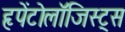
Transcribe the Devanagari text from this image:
हृपेंटोलॉजिस्ट्स